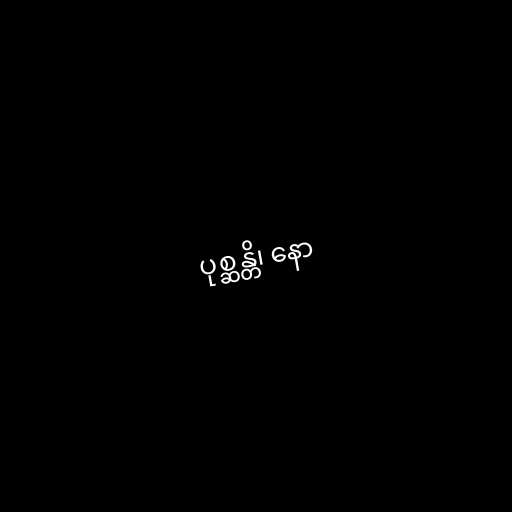
ပုစ္ဆန္တိ၊ နော